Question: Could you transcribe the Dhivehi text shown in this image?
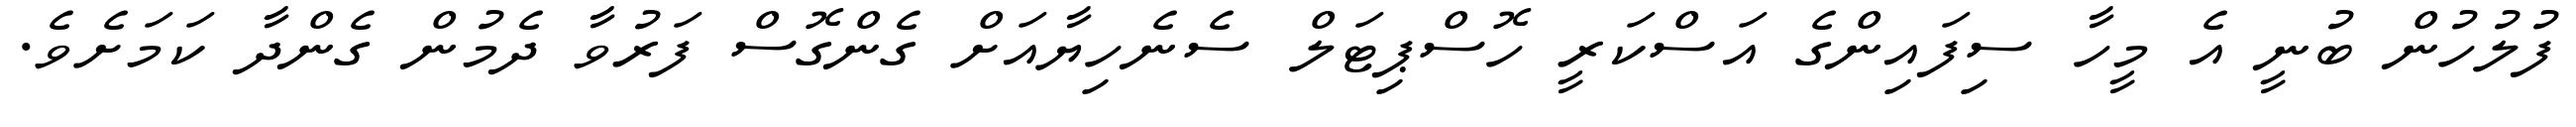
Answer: ފުލުހުން ބުނީ އެ މީހާ ސިފައިންގެ އަސްކަރީ ހޮސްޕިޓަލް ސެނެހިޔާއަށް ގެންގޮސް ފަރުވާ ދެމުން ގެންދާ ކަމަށެވެ.